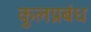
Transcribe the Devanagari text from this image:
कुलप्रबंध